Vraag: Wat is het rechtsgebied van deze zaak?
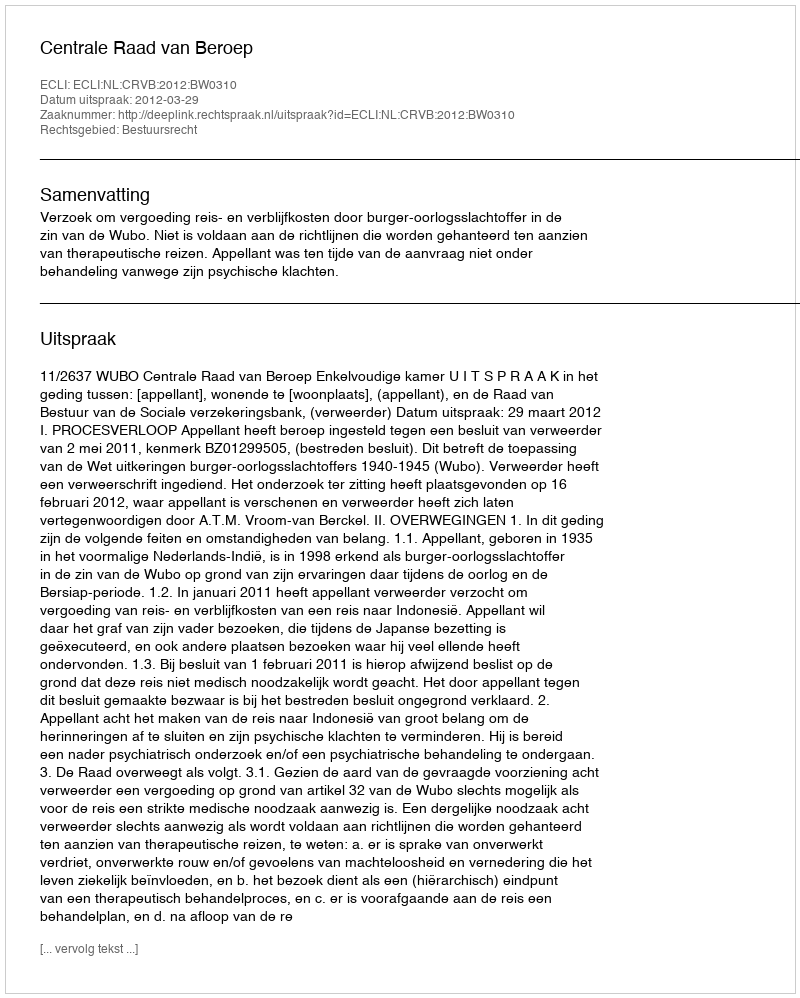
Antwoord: Bestuursrecht